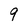
Character: 9